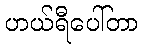
ဟယ်ရီပေါ်တာ